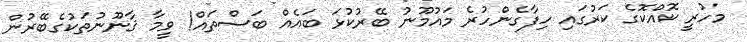
މހުރީ ކޮއްކޮގެ ކަރުގައި ހިފާގެންހުރެ މައުމޫނު ބޭރުކުޅަ ބައެއް ބަސްތައް! ވީމާ ޤާނޫނުތަކުގެބޭރުން